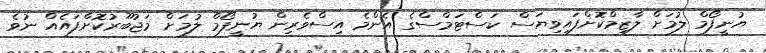
ޔުނީފޯމް ލުމަށް ލާޒިމްކޮށްފައިވިޔަސް ކަސްޓަމްސްގެ އެންމެ އިސްވެެރިން ޔުނީފޯމް ލުމަށް މަޖުބޫރުކޮށްފައެއް ނުވެ